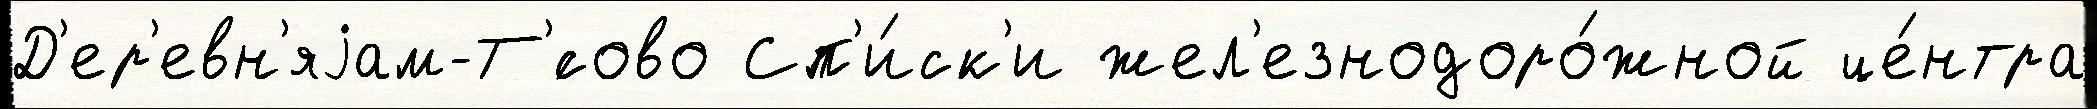
Д'ер'евн'яjам-Т'́сово Сп'и́ск'и жел'езнодоро́жной це́нтра